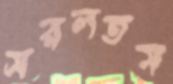
সরলতম